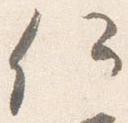
何